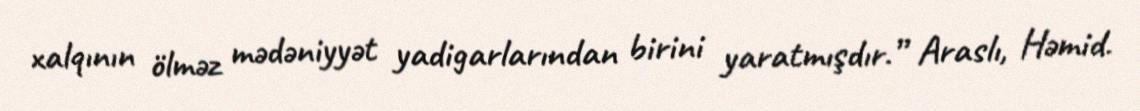
xalqının ölməz mədəniyyət yadigarlarından birini yaratmışdır.” Araslı, Həmid.